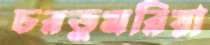
চরডুমরিয়া